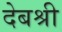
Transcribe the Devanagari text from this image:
देबश्री